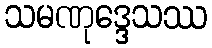
သမဏုဒ္ဒေသဿ